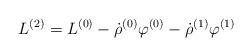
LaTeX: \begin{align*}L^{(2)} = L^{(0)} - \dot\rho^{(0)}\varphi^{(0)} - \dot\rho^{(1)}\varphi^{(1)}\end{align*}